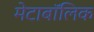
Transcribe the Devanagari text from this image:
मेटाबॉलिक